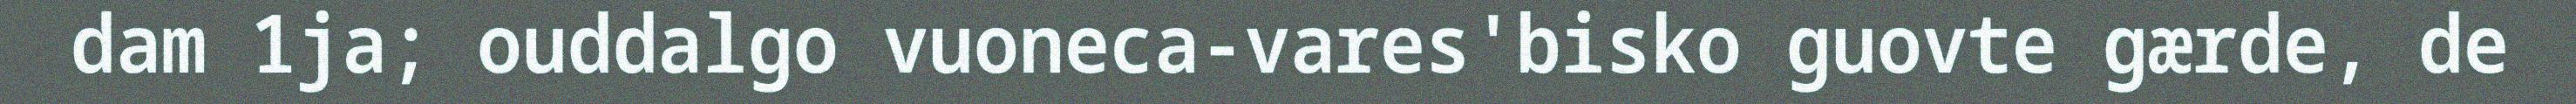
dam 1ja; ouddalgo vuoneca-vares'bisko guovte gærde, de